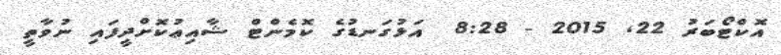
އޮކްޓޯބަރު 22